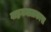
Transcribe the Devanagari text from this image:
वाहनमालकास